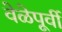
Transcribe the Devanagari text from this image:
वेळेपूर्वी